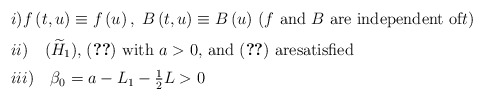
\begin{align*}\begin{tabular}[c]{l}$i)f\left( t,u\right) \equiv f\left( u\right) ,\;B\left(t,u\right) \equiv B\left( u\right) $ ($f$ and $B$ are independent of$t$)\medskip\\$ii)\quad(\widetilde{H}_{1}),\;$(\ref{4.1}) with $a>0,$ and (\ref{4.4}) aresatisfied\medskip\\$iii)\quad\beta_{0}=a-L_{1}-\frac{1}{2}L>0$\end{tabular}\ \ \ \end{align*}